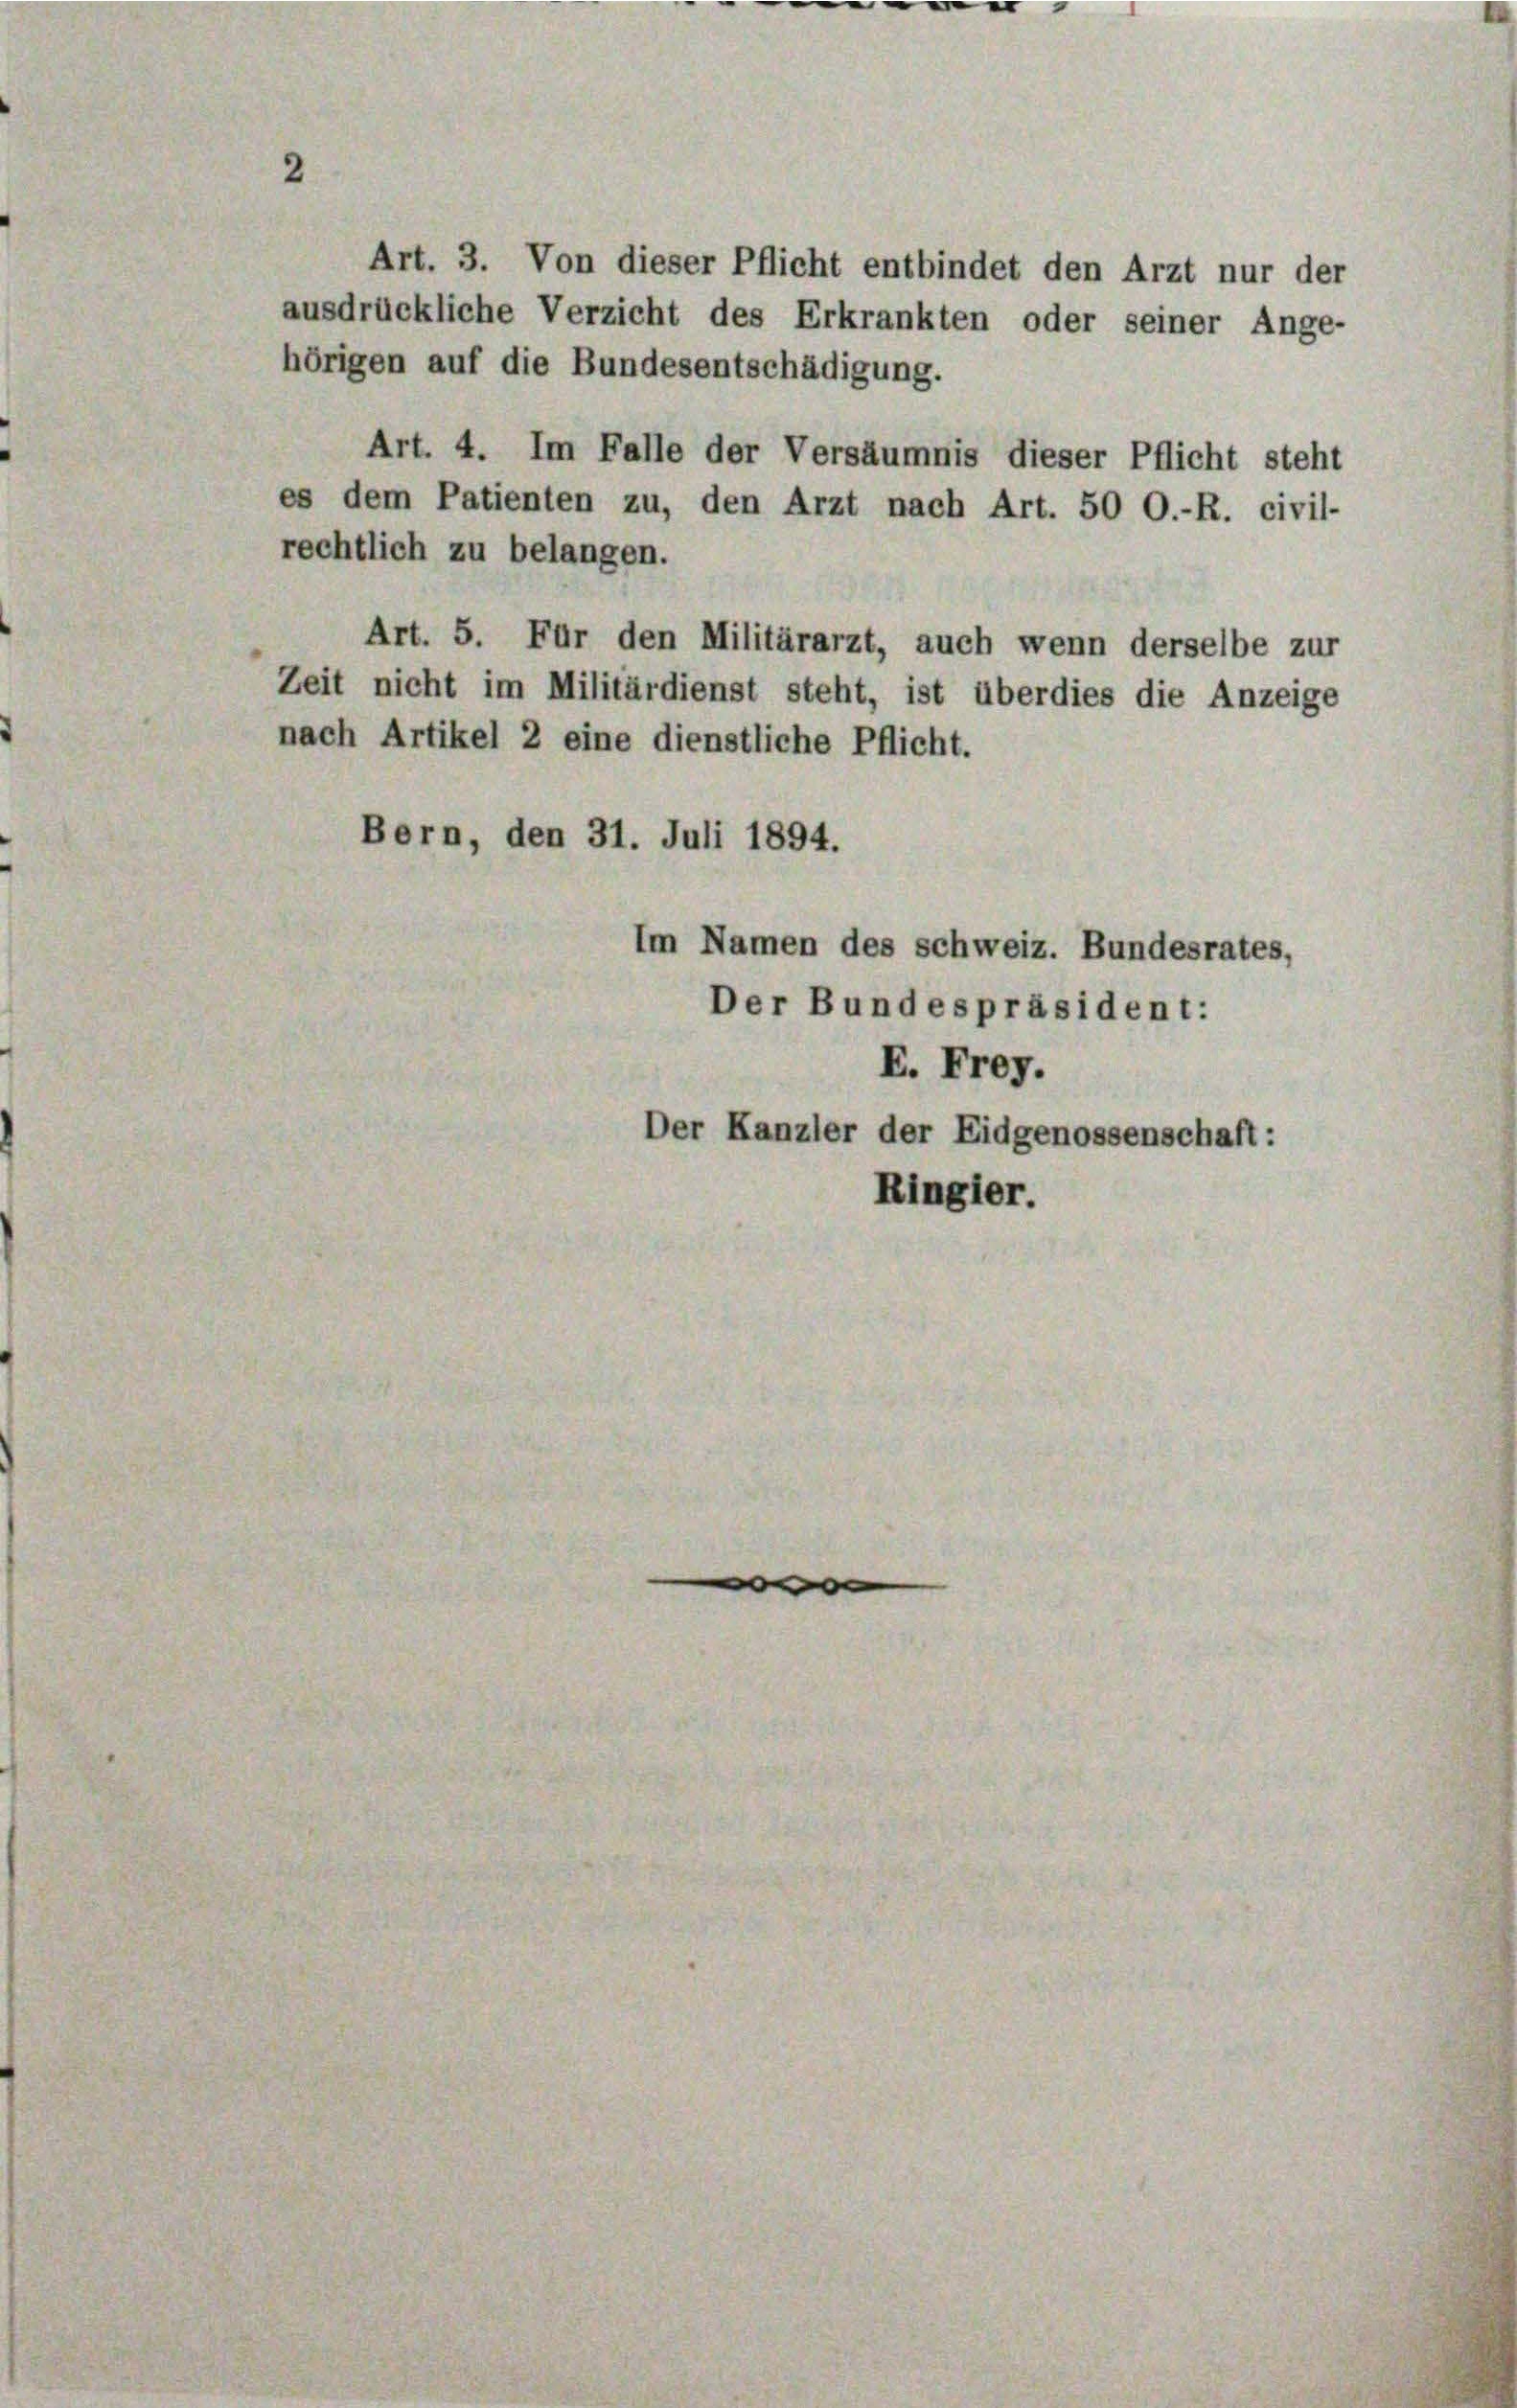
Art. 4. Im Falle der Versäumnis dieser Pflicht steht
es dem Patienten zu, den Arzt nach Art. 50 O.-R. civil-
rechtlich zu belangen.
Art. 5. Für den Militärarzt, auch wenn derselbe zur
Zeit nicht im Militärdienst steht, ist überdies die Anzeige
nach Artikel 2 eine dienstliche Pflicht.
Bern, den 31. Juli 1894.
Im Namen des Schweiz. Bundesrates,
Der Bundespräsident:
E. Frey.
Der Kanzler der Eidgenossenschaft:
Ringier.

2

Art. 3. Von dieser Pflicht entbindet den Arzt nur der
ausdrückliche Verzicht des Erkrankten oder seiner Ange-
hörigen auf die Bundesentschädigung.